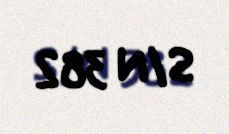
S/N 382